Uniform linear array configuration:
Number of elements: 4
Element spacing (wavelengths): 1
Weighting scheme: blackman
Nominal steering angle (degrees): -45
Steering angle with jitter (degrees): -44.903
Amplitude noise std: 0.05
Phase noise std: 0.05

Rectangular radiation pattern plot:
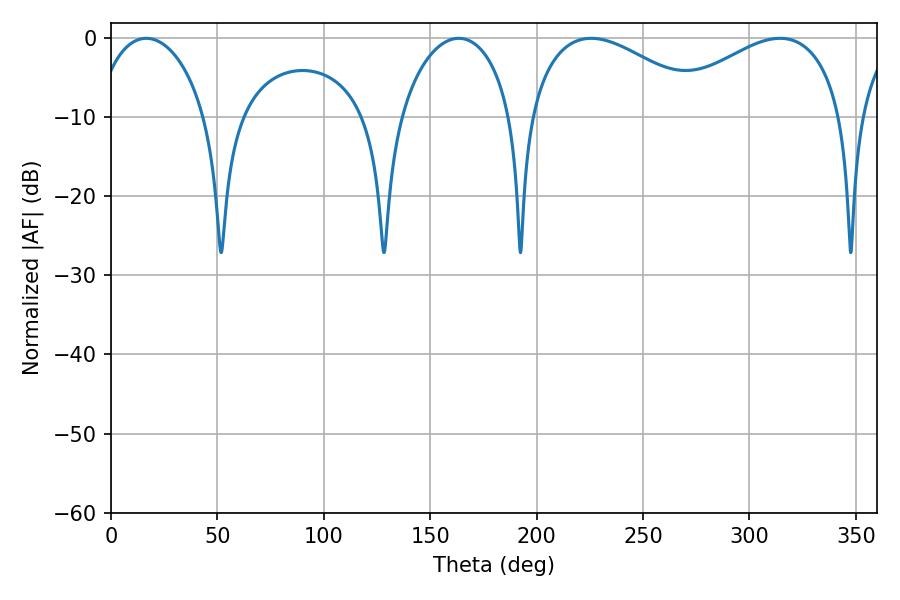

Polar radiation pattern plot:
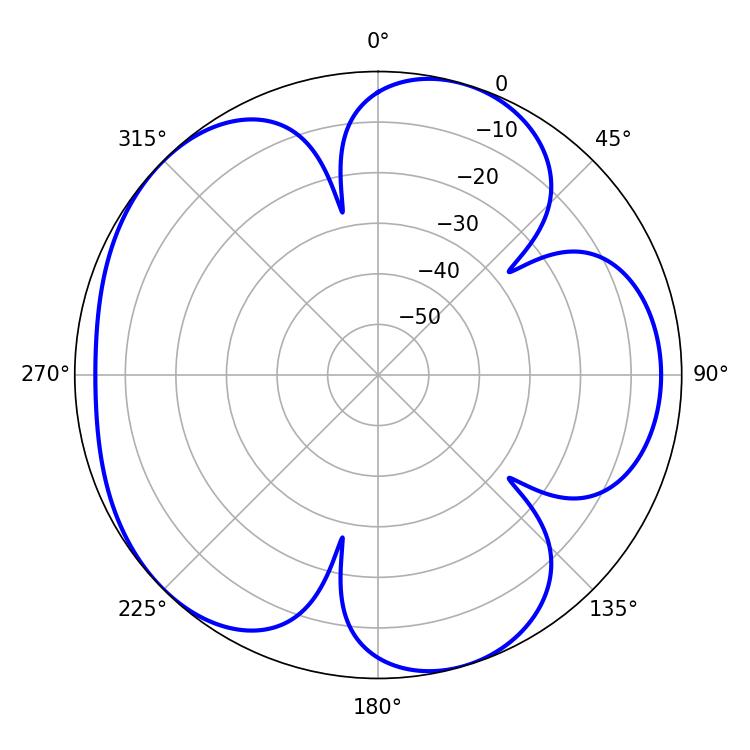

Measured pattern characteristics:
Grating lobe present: TRUE
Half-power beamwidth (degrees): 30.06
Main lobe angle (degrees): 16.56